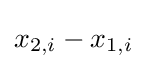
x_{2,i}-x_{1,i}